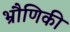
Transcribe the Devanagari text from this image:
भ्रौणिकी